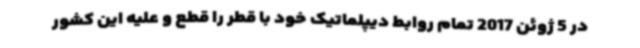
در 5 ژوئن 2017 تمام روابط دیپلماتیک خود با قطر را قطع و علیه این کشور